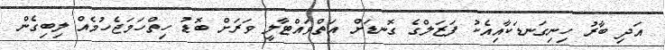
އަދި ބާރު ހިނިގަނޑަކާއިއެކު ފަޒަލްގެ ގޮނޑަށް އަތްވައްޓާލީ ވަރަށް ބޮޑު ހިތްހަމަޖެހުމެއް ލިބިގެން